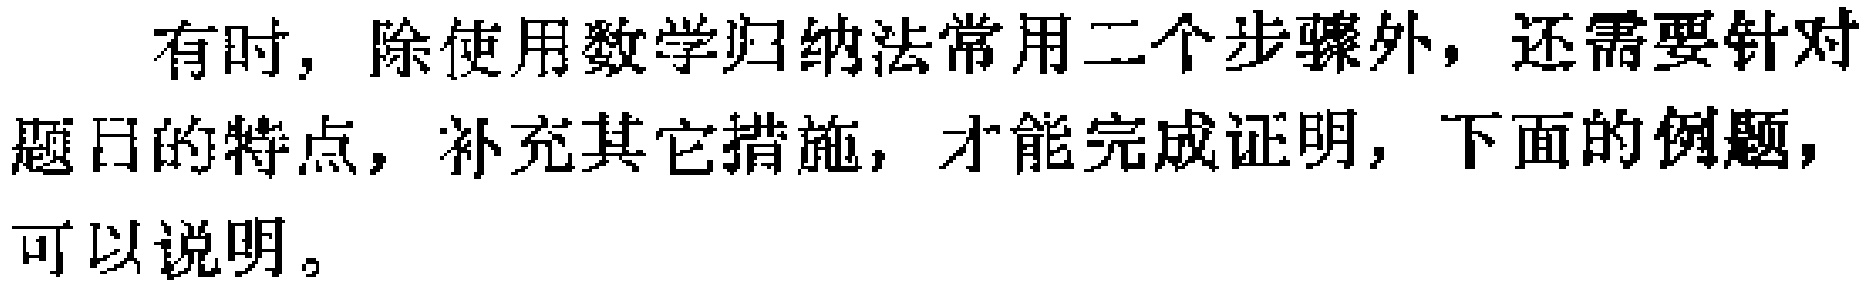
有时，除使用数学归纳法常用二个步骤外，还需要针对题目的特点，补充其它措施，才能完成证明，下面的例题，可以说明。